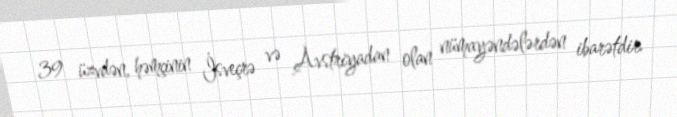
39 üzvdən, həmçinin İsveçrə və Avstriyadan olan nümayəndələrdən ibarətdir.